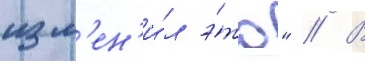
изм'ен'и́л э́то" // В